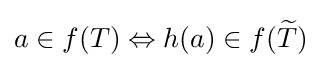
a\in f(T)\Leftrightarrow h(a)\in f({\widetilde {T}})